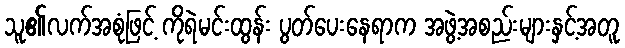
သူ၏လက်အစုံဖြင့် ကိုရဲမင်းထွန်း ပွတ်ပေးနေရာက အဖွဲ့အစည်းများနှင့်အတူ